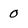
Character: 0